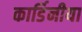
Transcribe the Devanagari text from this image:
कार्डिनीया